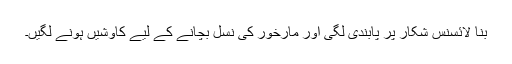
بنا لائسنس شکار پر پابندی لگی اور مارخور کی نسل بچانے کے لیے کاوشیں ہونے لگیں۔